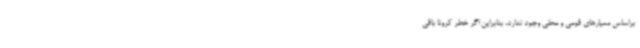
براساس معیارهای قومی و محلی وجود ندارد، بنابراین اگر خطر کرونا باقی